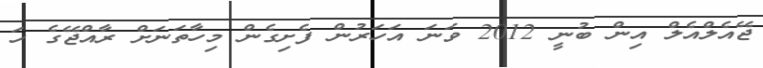
ޖޭއެލްއެލް އިން ބުނީ 2012 ވަނަ އަހަރުން ފެށިގެން މިހާތަނަށް ރާއްޖޭގެ ހަ